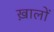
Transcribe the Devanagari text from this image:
ख़ालों